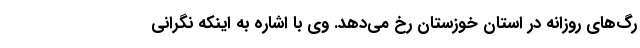
رگ‌های روزانه در استان خوزستان رخ می‌دهد. وی با اشاره به اینکه نگرانی